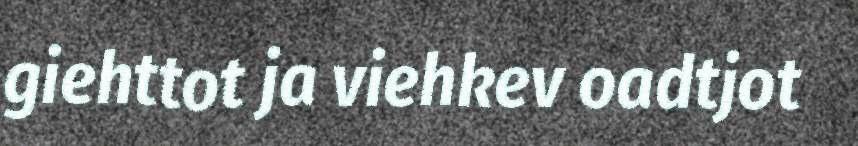
giehttot ja viehkev oadtjot